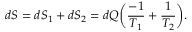
d S = d S _ { 1 } + d S _ { 2 } = d Q \bigg ( { \frac { - 1 } { T _ { 1 } } } + { \frac { 1 } { T _ { 2 } } } \bigg ) .